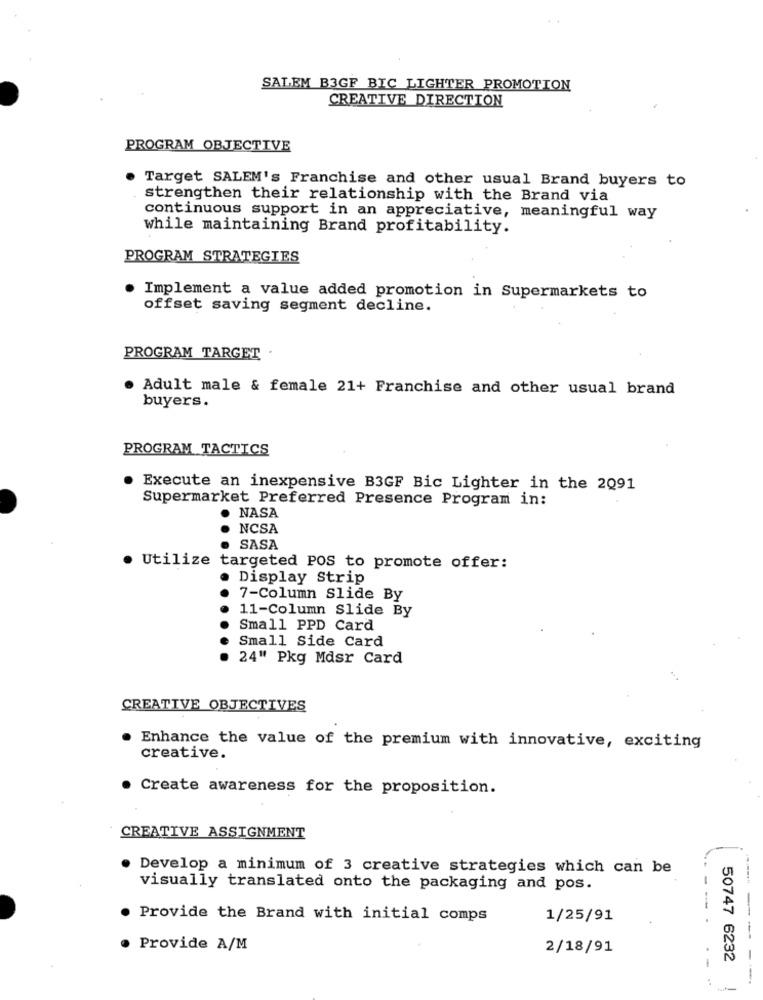
SALEM B3GF BIC LIGHTER PROMOTION
CREATIVE DIRECTION
PROGRAM OBJECTIVE
Target SALEM's Franchise and other usual Brand buyers to
strengthen their relationship with the Brand via
continuous support in an appreciative, meaningful way
while maintaining Brand profitability.
PROGRAM STRATEGIES
Implement a value added promotion in Supermarkets to
offset saving segment decline.
PROGRAM TARGET
Adult male & female 21+ Franchise and other usual brand
buyers.
PROGRAM TACTICS
Execute an inexpensive B3GF Bic Lighter in the 2091
Supermarket Preferred Presence Program in:
. NASA
NCSA
· SASA
· Utilize targeted POS to promote offer:
. Display Strip
7-Column Slide By
11-Column Slide By
Small PPD Card
Small Side Card
24" Pkg Mdsr Card
CREATIVE OBJECTIVES
Enhance the value of the premium with innovative, exciting
creative.
Create awareness for the proposition.
CREATIVE ASSIGNMENT
Develop a minimum of 3 creative strategies which can be
visually translated onto the packaging and pos.
Provide the Brand with initial comps
1/25/91
---
Provide A/M
2/18/91
50747 6232
-----
1